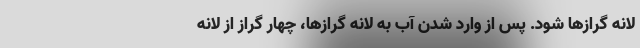
لانه گرازها شود. پس از وارد شدن آب به لانه گرازها، چهار گراز از لانه